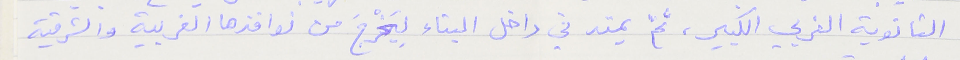
الثانوية الغربي الكبير، ثمّ يمتد في داخل البناء لِيَخْرجَ من نوافذها الغربية والشرقية